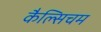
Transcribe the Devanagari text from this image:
कैल्सिचम